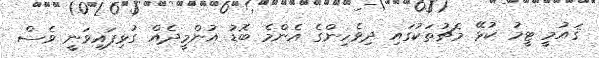
ޤައުމީ ޓީމު ކުޅޭ މެޗުތަކުގައި ދިވެހިންގެ އެންމެ ބޮޑު އުންމީދެއް ގުޅިފައިވަނީ ވެސް